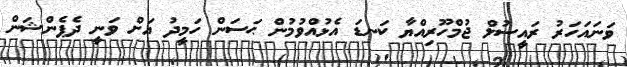
ވަނައަހަރު ރައީސުލް ޖުމްހޫރިއްޔާ ކަނޑަ އެޅުއްވުމުން ޙަސަން ހަމީދު އަށް ވަނީ ދެޕެންޝަން